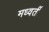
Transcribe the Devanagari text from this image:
मध्वर्ती